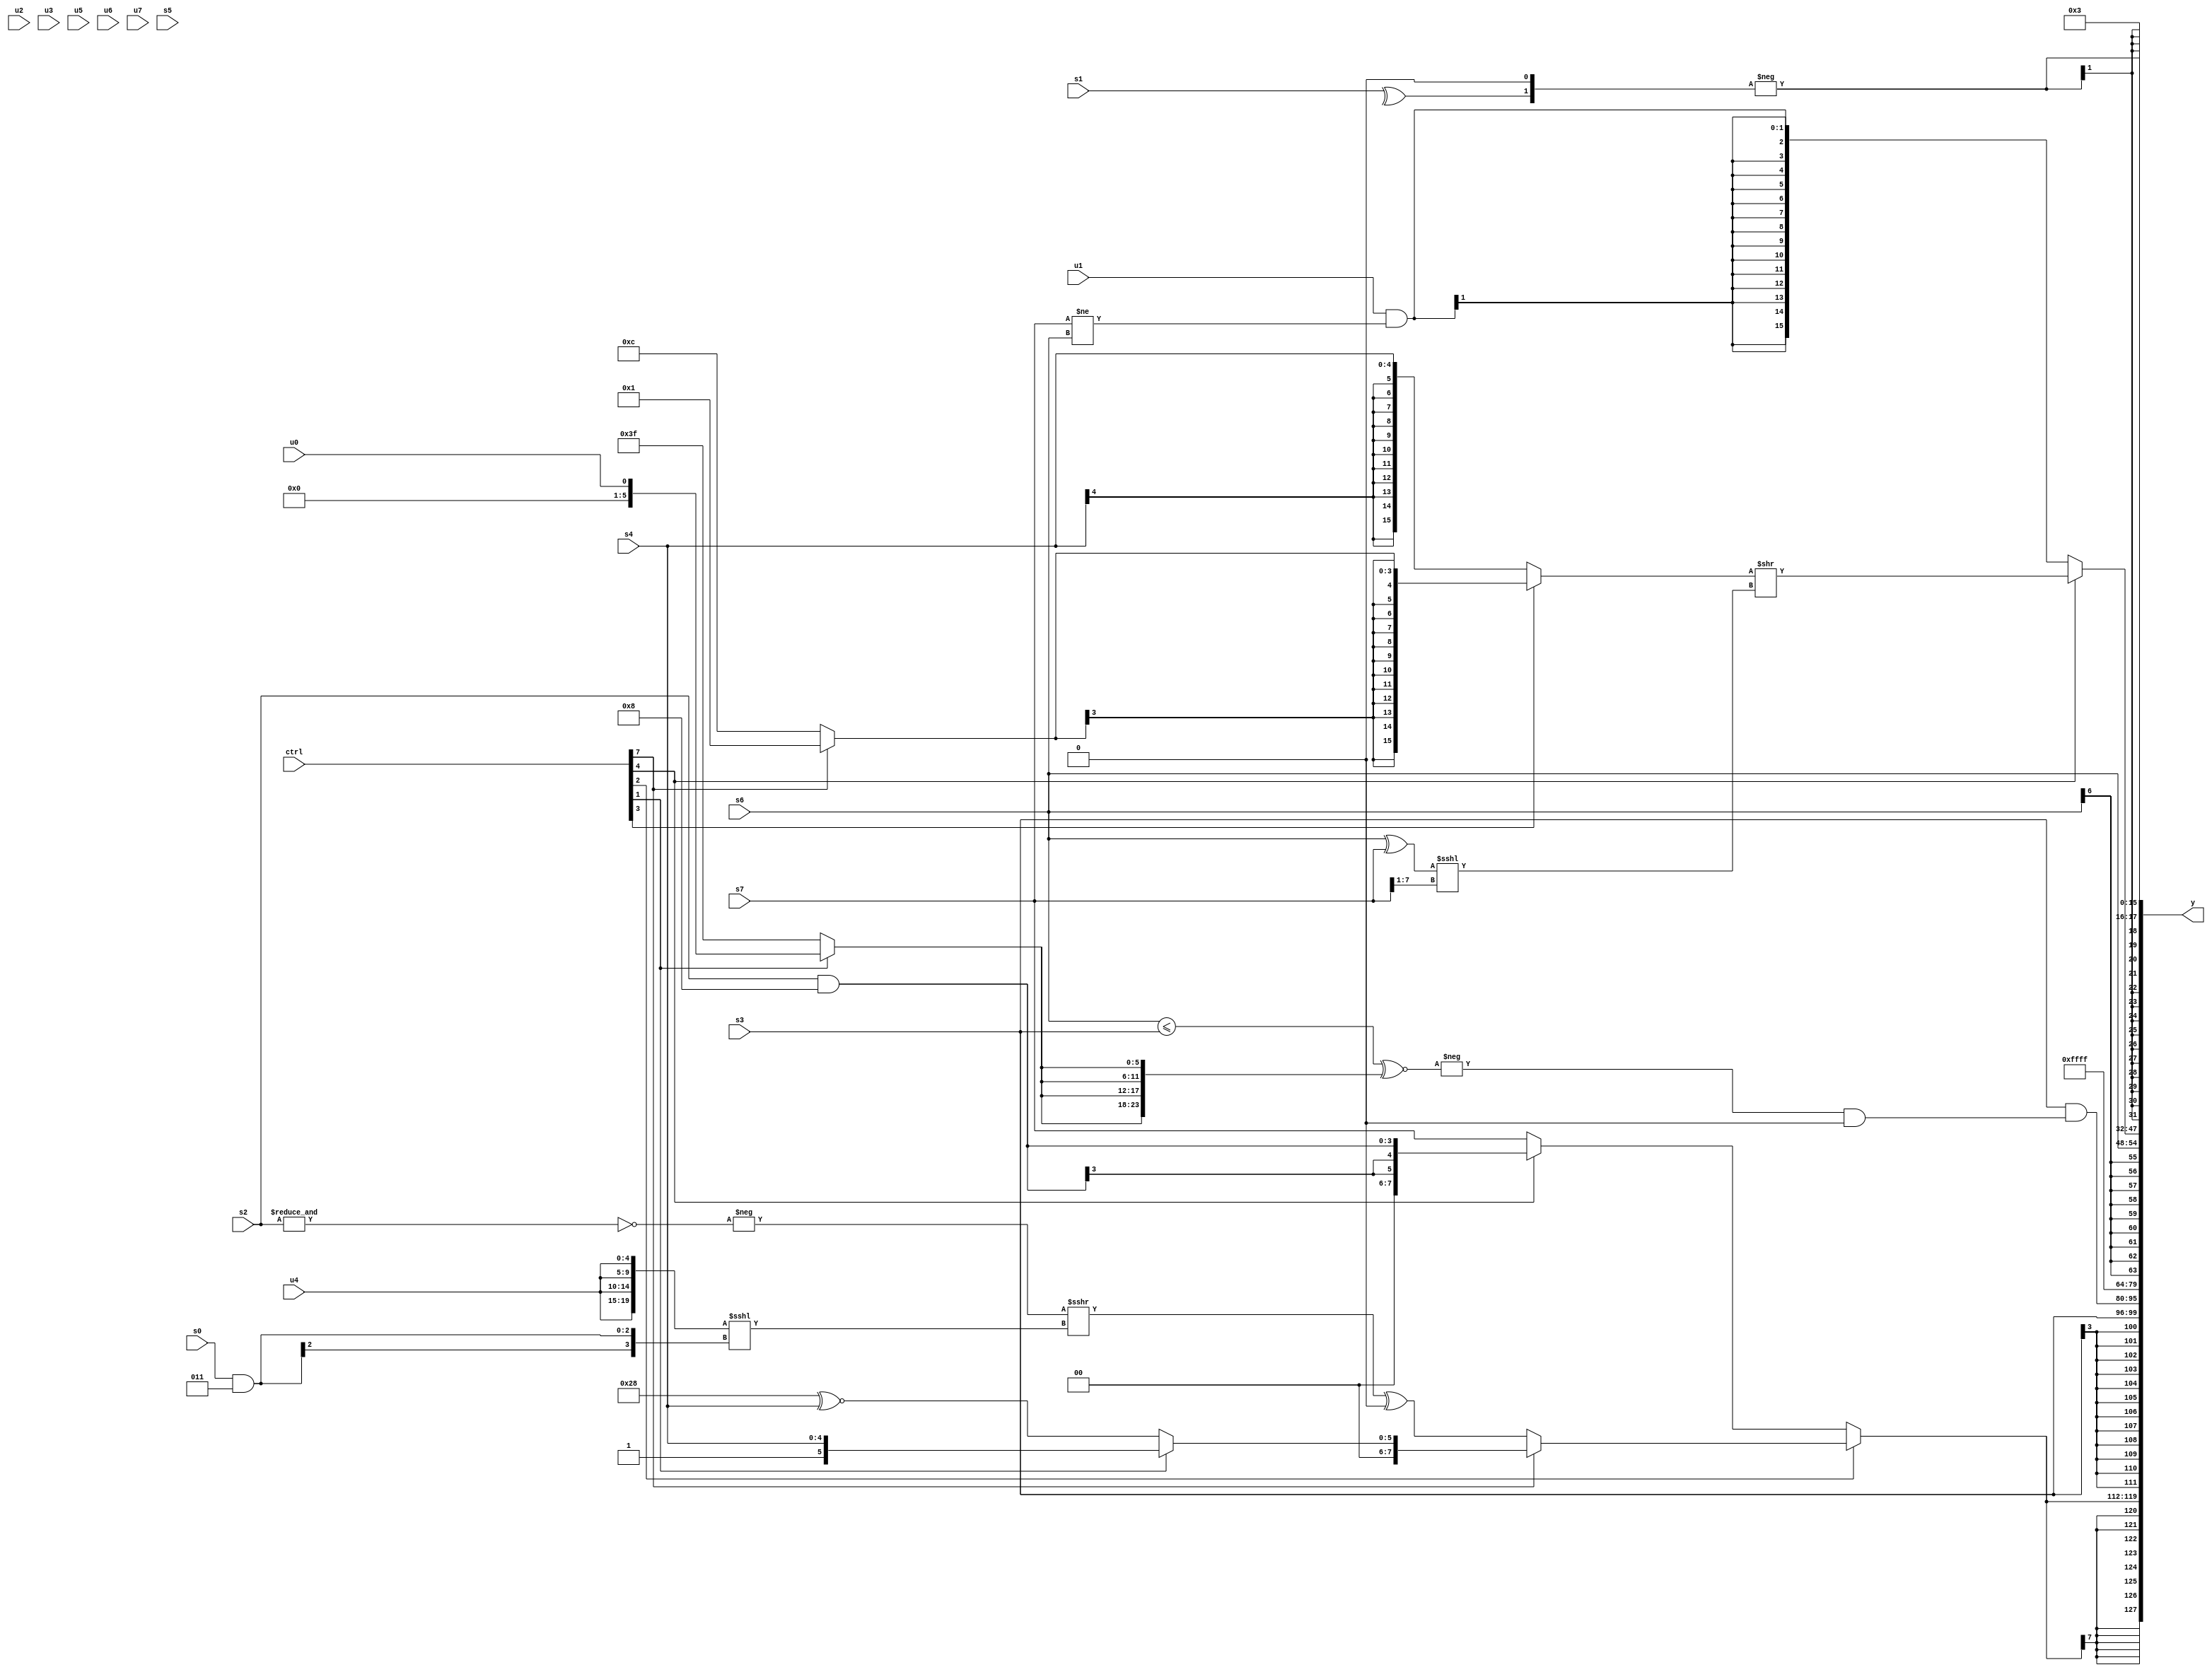
module wideexpr_00483(ctrl, u0, u1, u2, u3, u4, u5, u6, u7, s0, s1, s2, s3, s4, s5, s6, s7, y);
  input [7:0] ctrl;
  input [0:0] u0;
  input [1:0] u1;
  input [2:0] u2;
  input [3:0] u3;
  input [4:0] u4;
  input [5:0] u5;
  input [6:0] u6;
  input [7:0] u7;
  input signed [0:0] s0;
  input signed [1:0] s1;
  input signed [2:0] s2;
  input signed [3:0] s3;
  input signed [4:0] s4;
  input signed [5:0] s5;
  input signed [6:0] s6;
  input signed [7:0] s7;
  output [127:0] y;
  wire [15:0] y0;
  wire [15:0] y1;
  wire [15:0] y2;
  wire [15:0] y3;
  wire [15:0] y4;
  wire [15:0] y5;
  wire [15:0] y6;
  wire [15:0] y7;
  assign y = {y0,y1,y2,y3,y4,y5,y6,y7};
  assign y0 = $signed((ctrl[2]?(ctrl[7]?$signed((ctrl[1]?{1{{1'sb1,s4}}}:(6'sb101000)^~({1{s4}}))):((-(~&(s2)))>>>(({4{u4}})<<<((s0)&(4'sb0011))))^((5'sb00101)<<((4'sb1111)|($signed(3'sb111))))):(ctrl[4]?$signed((ctrl[4]?($signed(s2))&(5'sb11000):(ctrl[0]?(5'sb10001)+(s3):(3'sb001)|(s5)))):s7)));
  assign y1 = $signed(s3);
  assign y2 = (s3)&((-(((s6)<=($unsigned(+(s3))))^~({4{(ctrl[1]?u0:6'b111111)}})))&(1'sb0));
  assign y3 = -(~^(5'sb11101));
  assign y4 = s6;
  assign y5 = (ctrl[4]?((ctrl[3]?$signed((ctrl[7]?4'sb0001:4'sb1100)):s4))>>((+((s6)^(s7)))<<<(($signed(s7))>>(1'sb1))):$signed($signed((u1)&((s7)!=(s6)))));
  assign y6 = $signed(-({$unsigned(^(s1)),$signed(1'sb0)}));
  assign y7 = 5'b00011;
endmodule